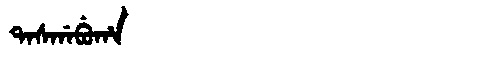
Manchu: ᡨᠠᠰᡤᠠᠪᡠᡥᠠ
Romanization: TASGABUHA